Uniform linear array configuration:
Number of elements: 16
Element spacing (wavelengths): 0.25
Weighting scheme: binomial
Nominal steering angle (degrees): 0
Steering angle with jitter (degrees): -1.563
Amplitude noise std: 0.05
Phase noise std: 0.05

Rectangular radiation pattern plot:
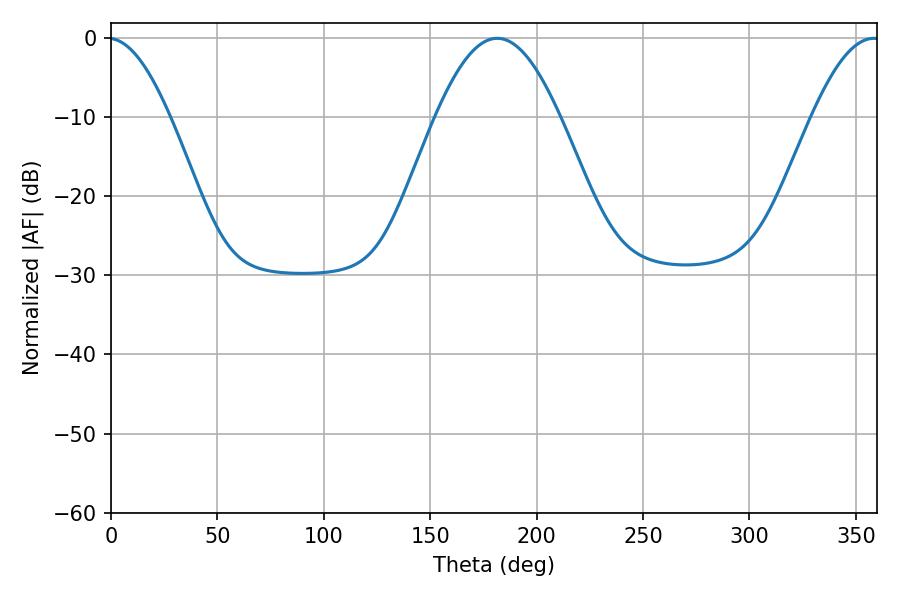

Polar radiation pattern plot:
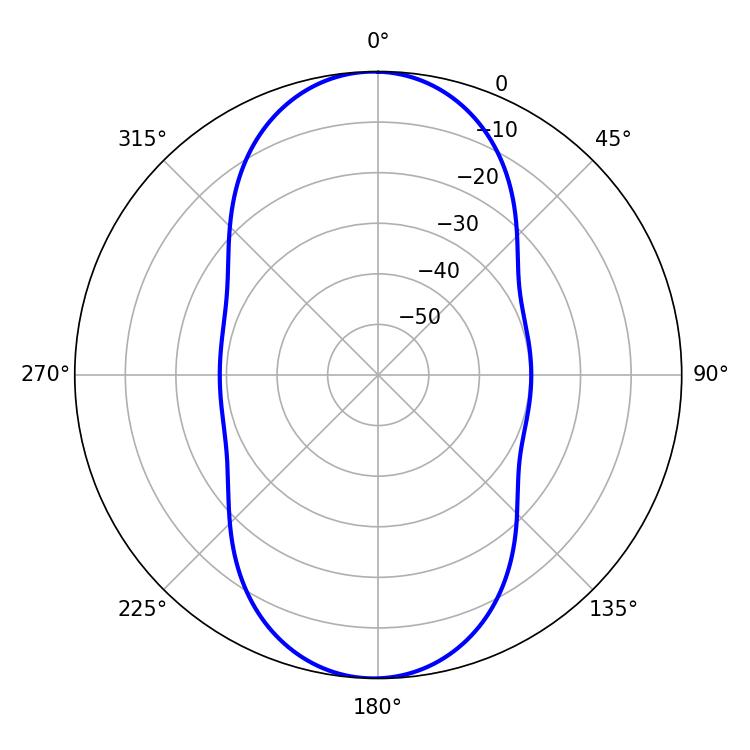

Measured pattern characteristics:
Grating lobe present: FALSE
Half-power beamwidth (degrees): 31.5
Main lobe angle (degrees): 181.44